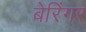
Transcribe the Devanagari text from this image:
बेरिंगर